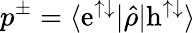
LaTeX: p^{\pm}=\langle\mathrm{e}^{\uparrow\downarrow}|\hat{\rho}|\mathrm{h}^{\uparrow\downarrow}\rangle